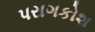
પરાગકોશ